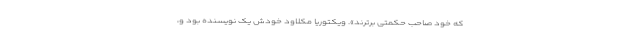
که خود صاحب حکمتی برترند». ویکتوریا مکلاود خودش یک نویسنده بود و،